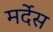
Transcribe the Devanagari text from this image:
मर्देस